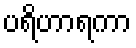
ပရိဟာရကာ